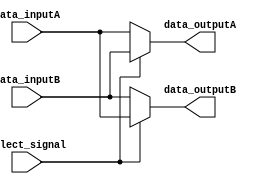
module io_block_bus_switch (
    input wire data_inputA,
    input wire data_inputB,
    input wire select_signal,
    output reg data_outputA,
    output reg data_outputB
);

always @ (select_signal) begin
    if (select_signal)
        begin
            data_outputA <= data_inputB;
            data_outputB <= data_inputA;
        end
    else
        begin
            data_outputA <= data_inputA;
            data_outputB <= data_inputB;
        end
end

endmodule